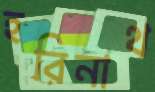
হরিনাথ